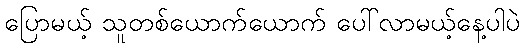
ပြောမယ့် သူတစ်ယောက်ယောက် ပေါ်လာမယ့်နေ့ပါပဲ